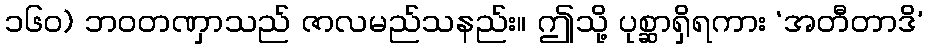
၁၆၀) ဘဝတဏှာသည် ဇာလမည်သနည်း။ ဤသို့ ပုစ္ဆာရှိရကား ‘အတီတာဒိ’